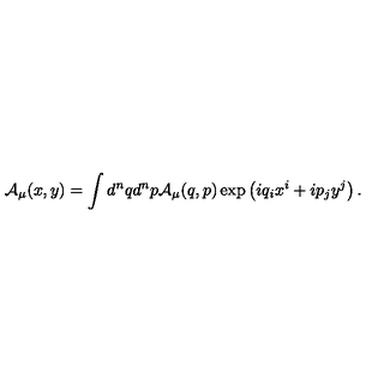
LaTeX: { \mathcal { A } } _ { \mu } ( x , y ) = \int d ^ { n } q d ^ { n } p { \mathcal { A } } _ { \mu } ( q , p ) \exp \left( i q _ { i } x ^ { i } + i p _ { j } y ^ { j } \right) .